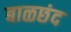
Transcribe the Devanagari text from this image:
बाळछंद